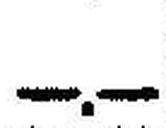
—.—